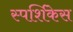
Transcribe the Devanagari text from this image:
स्पर्शिकेस